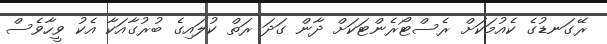
ރޭގަނޑުގެ ކެއުމަކަށް ރެސްޓޯރެންޓަކަށް ދާން ގަދަ ރަތް ކުލައިގެ ބުރުގާއަކާ އެކު ވީހާވެސް